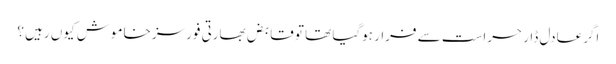
اگرعادل ڈار حراست سے فرار ہوگیا تھا تو قابض بھارتی فورسز خاموش کیوں رہیں ؟